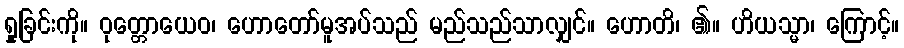
ရှုခြင်းကို။ ဝုတ္တောယေဝ၊ ဟောတော်မူအပ်သည် မည်သည်သာလျှင်။ ဟောတိ၊ ၏။ ဟိယသ္မာ၊ ကြောင့်။